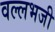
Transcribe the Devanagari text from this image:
वल्लभजी